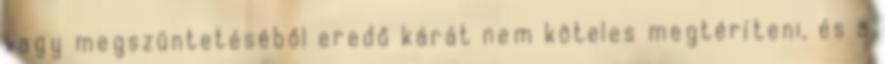
vagy megszüntetéséből eredő kárát nem köteles megtéríteni, és a